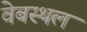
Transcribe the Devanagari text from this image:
वेबस्थल